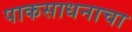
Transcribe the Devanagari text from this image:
पाकसाधनाचा